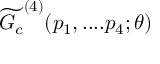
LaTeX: \widetilde { G _ { c } } ^ { ( 4 ) } ( p _ { 1 } , . . . . p _ { 4 } ; \theta )